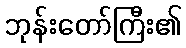
ဘုန်းတော်ကြီး၏